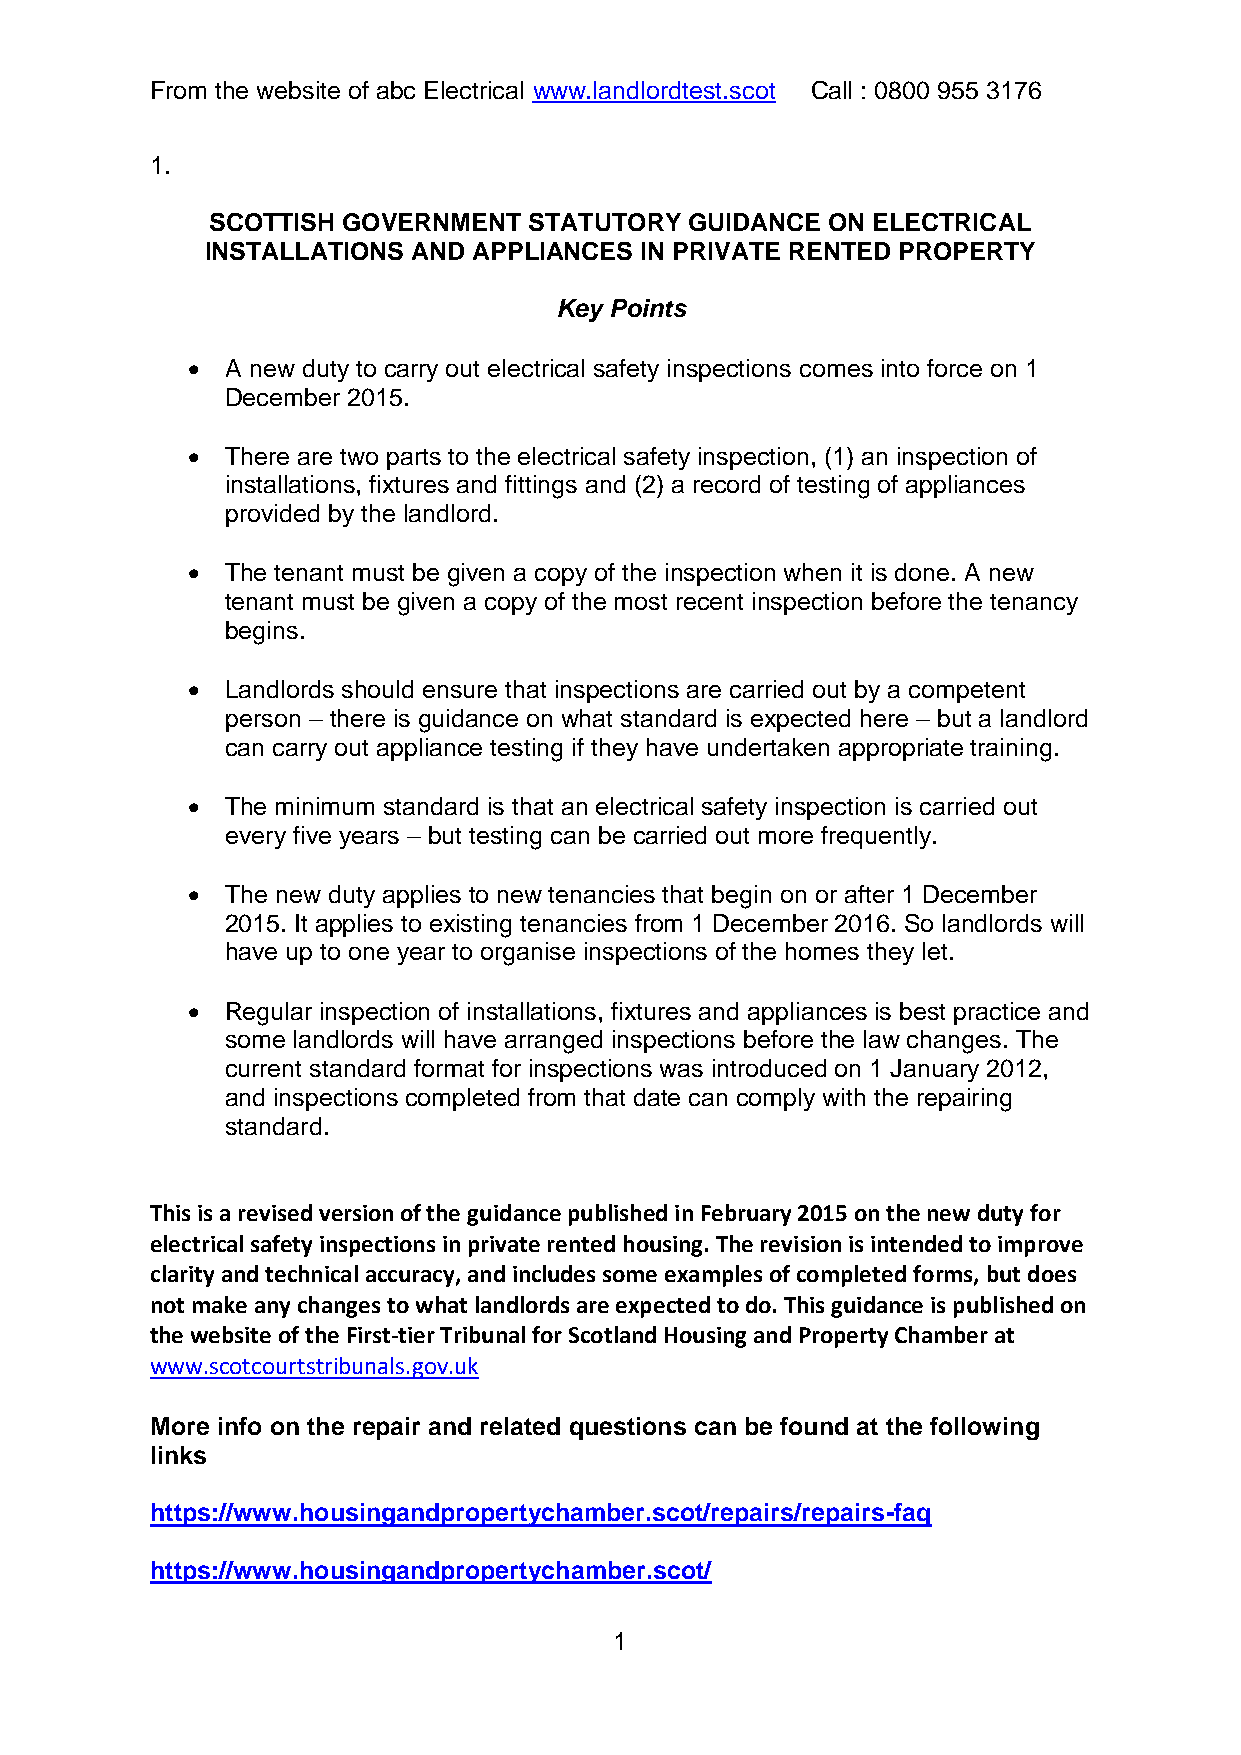
From the website of abc Electrical www.landlordtest.scot Call : 0800 955 3176
 1.
 SCOTTISH GOVERNMENT  STATUTORY  GUIDANCE ON ELECTRICAL
 INSTALLATIONS AND APPLIANCES IN PRIVATE RENTED PROPERTY
 Key Points
 •  A new duty to carry out electrical safety inspections comes into force on 1
 December 2015.
 •  There are two parts to the electrical safety inspection, (1) an inspection of
 installations, fixtures and fittings and (2) a record of testing of appliances
 provided by the landlord.
 •  The tenant must be given a copy of the inspection when it is done. A new
 tenant must be given a copy of the most recent inspection before the tenancy
 begins.
 •  Landlords should ensure that inspections are carried out by a competent
 person – there is guidance on what standard is expected here – but a landlord
 can carry out appliance testing if they have undertaken appropriate training.
 •  The minimum standard is that an electrical safety inspection is carried out
 every five years – but testing can be carried out more frequently.
 •  The new duty applies to new tenancies that begin on or after 1 December
 2015. It applies to existing tenancies from 1 December 2016. So landlords will
 have up to one year to organise inspections of the homes they let.
 •  Regular inspection of installations, fixtures and appliances is best practice and
 some landlords will have arranged inspections before the law changes. The
 current standard format for inspections was introduced on 1 January 2012,
 and inspections completed from that date can comply with the repairing
 standard.
 This is a revised version of the guidance published in February 2015 on the new duty for
 electrical safety inspections in private rented housing. The revision is intended to improve
 clarity and technical accuracy, and includes some examples of completed forms, but does
 not make any changes to what landlords are expected to do. This guidance is published on
 the website of the First-tier Tribunal for Scotland Housing and Property Chamber at
 www.scotcourtstribunals.gov.uk
 More info on the repair and related questions can be found at the following
 links
 https://www.housingandpropertychamber.scot/repairs/repairs-faq
 https://www.housingandpropertychamber.scot/
 1